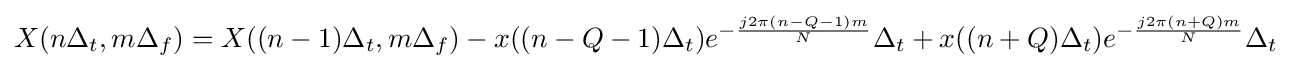
X(n\Delta _{t},m\Delta _{f})=X((n-1)\Delta _{t},m\Delta _{f})-x((n-Q-1)\Delta _{t})e^{-{\frac {j2\pi (n-Q-1)m}{N}}}\Delta _{t}+x((n+Q)\Delta _{t})e^{-{\frac {j2\pi (n+Q)m}{N}}}\Delta _{t}